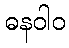
ဓနဝါဝ